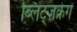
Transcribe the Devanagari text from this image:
ब्लिट्ज़क्रेग